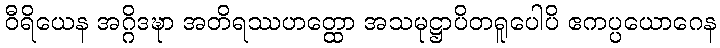
ဝီရိယေန အဂ္ဂိဒဍ္ဎာ အတိရဿဟတ္ထော အသမုဋ္ဌာပိတရူပေါပိ ဧကပ္ပယောဂေန